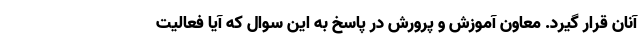
آنان قرار گیرد. معاون آموزش و پرورش در پاسخ به این سوال که آیا فعالیت